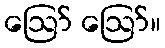
ဪ ဪ။